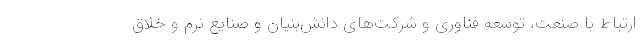
ارتباط با صنعت، توسعه فناوری و شركت‌های دانش‌بنیان و صنایع نرم و خلاق